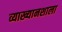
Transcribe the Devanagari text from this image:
व्याख्यानशाला